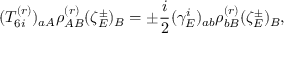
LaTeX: ( T _ { 6 i } ^ { ( r ) } ) _ { a A } \rho _ { A B } ^ { ( r ) } ( \zeta _ { E } ^ { \pm } ) _ { B } = \pm \frac { i } { 2 } ( \gamma _ { E } ^ { i } ) _ { a b } \rho _ { b B } ^ { ( r ) } ( \zeta _ { E } ^ { \pm } ) _ { B } ,